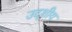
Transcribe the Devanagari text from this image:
उद्शीय